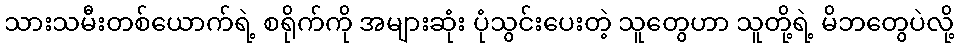
သားသမီးတစ်ယောက်ရဲ့ စရိုက်ကို အများဆုံး ပုံသွင်းပေးတဲ့ သူတွေဟာ သူတို့ရဲ့ မိဘတွေပဲလို့